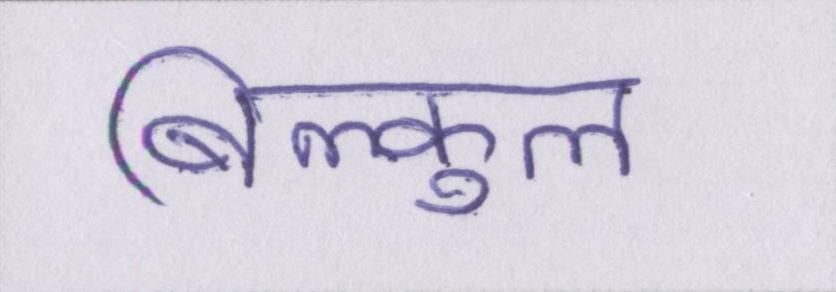
बिल्कुल